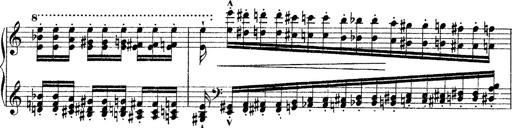
Title: Grande fantasie di bravura sur La clochette
Composer: Franz Liszt
Key: A minor